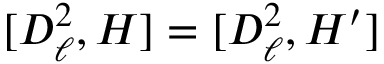
[ D _ { \ell } ^ { 2 } , H ] = [ D _ { \ell } ^ { 2 } , H ^ { \prime } ]